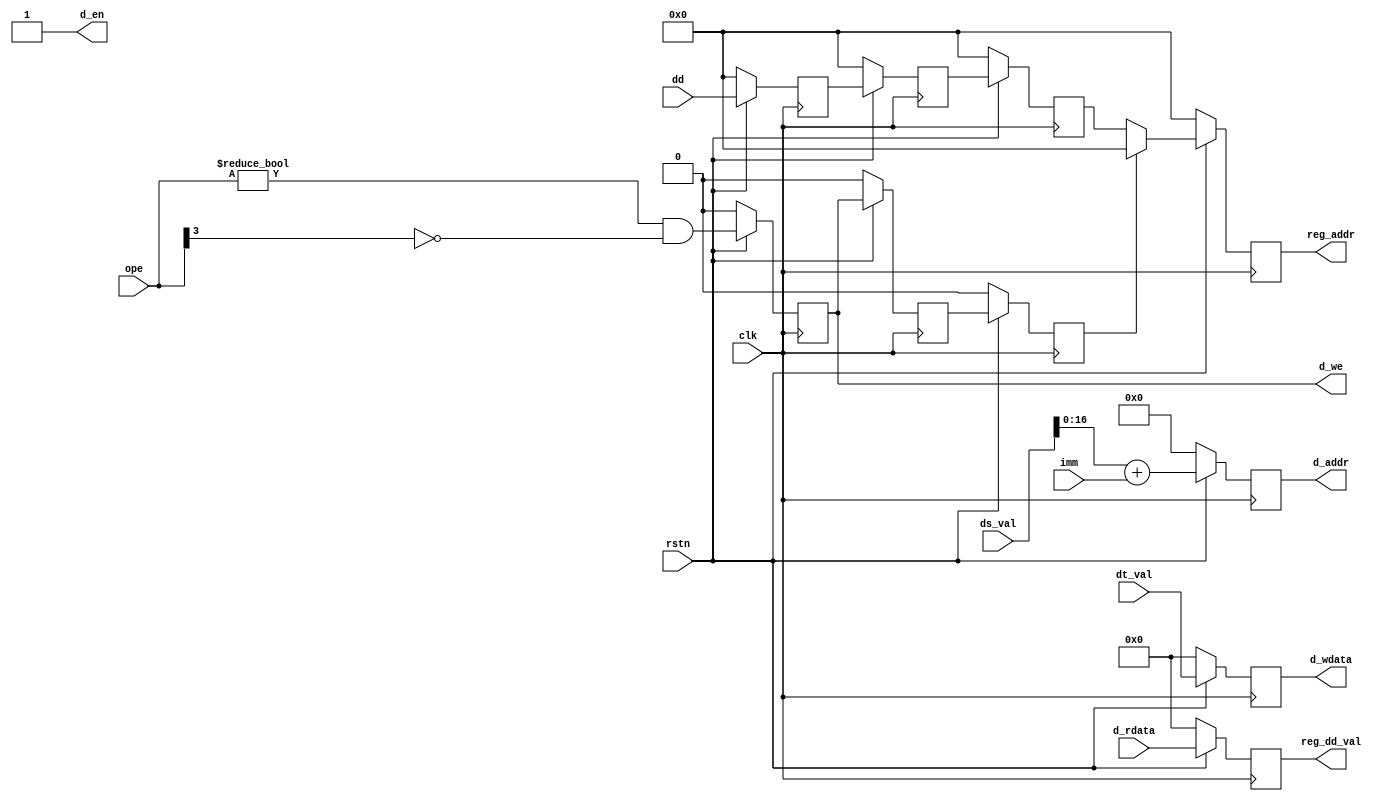
module mem(
	input wire clk,
	input wire rstn,
	input wire [5:0] ope,
	input wire [31:0] ds_val,
	input wire [31:0] dt_val,
	input wire [5:0] dd,
	input wire [15:0] imm,
	output reg [5:0] reg_addr,
	output reg [31:0] reg_dd_val,

	output wire [16:0] d_addr,
	output wire [31:0] d_wdata,
	input wire [31:0] d_rdata,
	output wire d_en,
	output wire d_we
	);
	
	reg [16:0] s1_addr;
	reg [31:0] s1_wdata;
	reg [5:0] s1_dd;
	reg s1_is_write;
	
	reg [5:0] s2_dd;
	reg s2_is_write;

	reg [5:0] s3_dd;
	reg s3_is_write;
	
	assign d_addr = s1_addr;
	assign d_wdata = s1_wdata;
	assign d_en = 1;
	assign d_we = s1_is_write;

	always @(posedge clk) begin
		if(~rstn) begin
			reg_addr <= 0;
			reg_dd_val <= 0;
			s1_addr <= 0;
			s1_wdata <= 0;
			s1_dd <= 0;
			s1_is_write <= 0;
			s2_dd <= 0;
			s2_is_write <= 0;
			s3_dd <= 0;
			s3_is_write <= 0;
		end else begin
			s1_addr <= ds_val + imm;
			s1_wdata <= dt_val;
			s1_dd <= dd;
			s1_is_write <= ope != 0 && ~ope[3];
			
			s2_dd <= s1_dd;
			s2_is_write <= s1_is_write;

			s3_dd <= s2_dd;
			s3_is_write <= s2_is_write;

			reg_addr <= s3_is_write ? 0 : s3_dd;
			reg_dd_val <= d_rdata;
		end
	end
endmodule